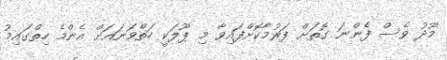
މޫދު ވެސް ފެންނަ ގޮތަށް ފަރުމާކޮށްފައިވާ މި ޕޫލަކީ ހަތްވަނައަށް އެންމެ ހިތްގައިމު